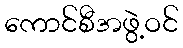
ကောင်စီအဖွဲ့ဝင်